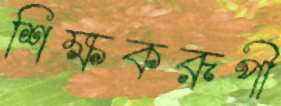
শিক্ষকরূপী